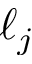
\ell _ { j }